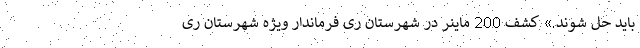
باید حل شوند.» کشف 200 ماینر در شهرستان ری فرماندار ویژه شهرستان ری